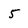
Character: 5